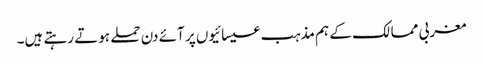
مغربی ممالک کے ہم مذہب عیسائیوں پر آئے دن حملے ہوتے رہتے ہیں۔